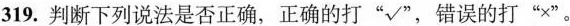
319.判断下列说法是否正确，正确的打”√”，错误的打”x”。